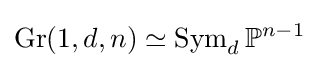
\operatorname {Gr} (1,d,n)\simeq \operatorname {Sym} _{d}\mathbb {P} ^{n-1}